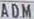
ADM